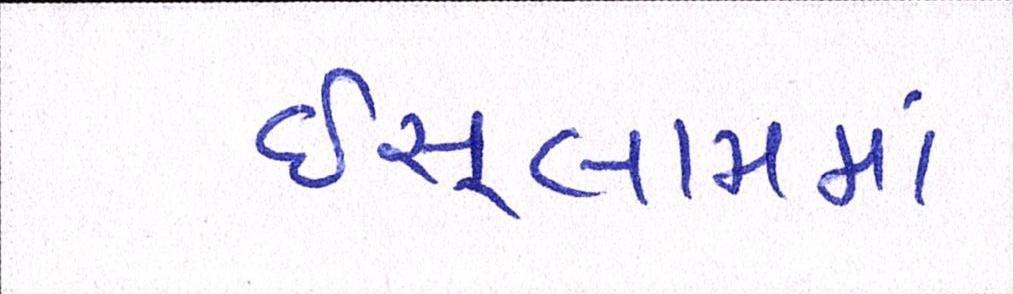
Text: ઇસ્લામમાં